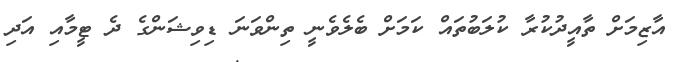
އާޒިމަށް ތާއީދުކުރާ ކުލަބުތައް ކަމަށް ބެލެވެނީ ތިންވަނަ ޑިވިޝަންގެ ދެ ޓީމާއި އަދި